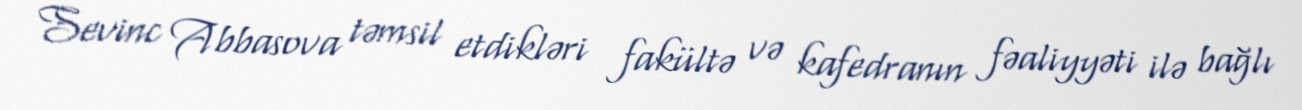
Sevinc Abbasova təmsil etdikləri fakültə və kafedranın fəaliyyəti ilə bağlı